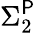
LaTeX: \Sigma_{2}^{\mathsf{P}}